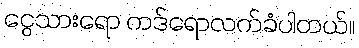
ငွေသားရော ကဒ်ရောလက်ခံပါတယ်။